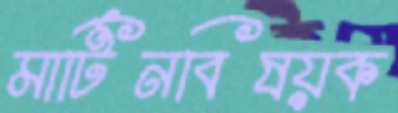
মার্টিনবিষয়ক